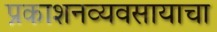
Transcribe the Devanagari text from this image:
प्रकाशनव्यवसायाचा